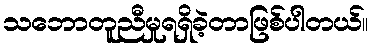
သဘောတူညီမှုရရှိခဲ့တာဖြစ်ပါတယ်။